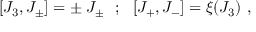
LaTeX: \lbrack J _ { 3 } , J _ { \pm } \rbrack = \pm \; J _ { \pm } ~ ~ ; ~ ~ \lbrack J _ { + } , J _ { - } \rbrack = \xi ( J _ { 3 } ) ~ ,